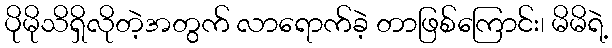
ပိုမိုသိရှိလိုတဲ့အတွက် လာရောက်ခဲ့ တာဖြစ်ကြောင်း၊ မိမိရဲ့